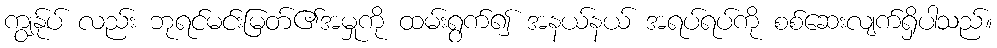
ကျွန်ုပ် လည်း ဘုရင်မင်းမြတ်၏အမှုကို ထမ်းရွက်၍ အနယ်နယ် အရပ်ရပ်ကို စစ်ဆေးလျက်ရှိပါသည်။